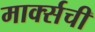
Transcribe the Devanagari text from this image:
मार्क्‍सची